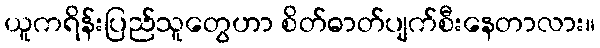
ယူကရိန်းပြည်သူတွေဟာ စိတ်ဓာတ်ပျက်စီးနေတာလား။